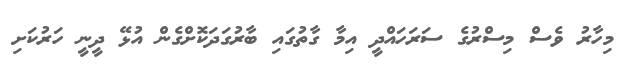
މިހާރު ވެސް މިސްރުގެ ސަރަހައްދީ އިމާ ގާތުގައި ބާރުގަދަކޮށްގެން އުޅޭ ދީނީ ހަރުކަށި